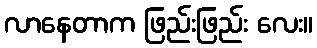
လာနေတာက ဖြည်းဖြည်း လေး။